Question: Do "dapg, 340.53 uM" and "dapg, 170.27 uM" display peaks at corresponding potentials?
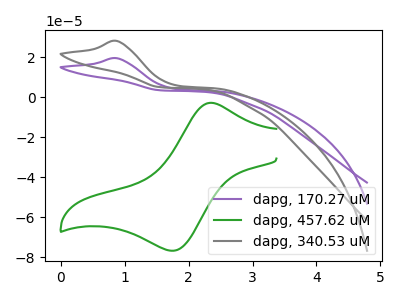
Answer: <think>The purple curve "dapg, 170.27 uM" has an anodic peak at: (0.90V, 19.55uA). The green curve "dapg, 457.62 uM" has an anodic peak at (2.35V, -2.75uA) and a cathodic peak at (1.80V, -76.75uA). The gray curve "dapg, 340.53 uM" has an anodic peak at: (0.90V, 28.20uA).</think>
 <answer>Yes, "dapg, 340.53 uM" have a peak in "dapg, 170.27 uM" at the same potential.</answer>
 <eval>match</eval>